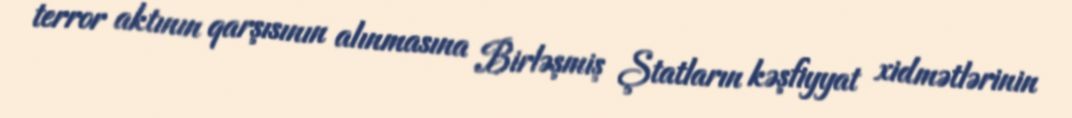
terror aktının qarşısının alınmasına Birləşmiş Ştatların kəşfiyyat xidmətlərinin